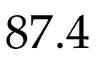
8 7 . 4